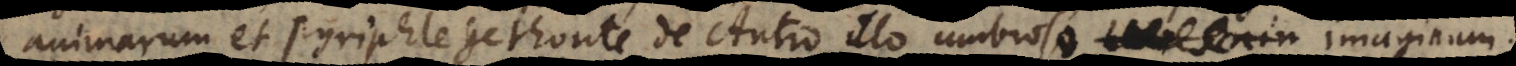
animarum et Pyriphlegethonte, de Antro illo umbroso, etiam